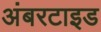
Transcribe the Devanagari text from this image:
अंबरटाइड